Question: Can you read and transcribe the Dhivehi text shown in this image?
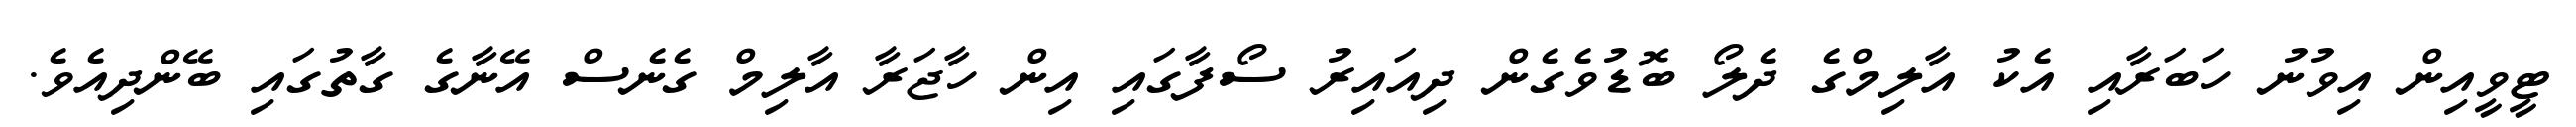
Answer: ޓީވީއިން އިވުނު ހަބަރާއި އެކު އާލިމްގެ ދެލޯ ބޮޑުވެގެން ދިއައިރު ސޯފާގައި އިން ހާޖަރާ އާލިމް ގެނެސް އޭނާގެ ގާތުގައި ބޭންދިއެވެ.